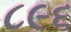
૮૯૬